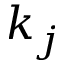
k _ { j }